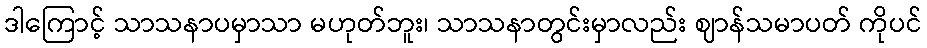
ဒါကြောင့် သာသနာပမှာသာ မဟုတ်ဘူး၊ သာသနာတွင်းမှာလည်း ဈာန်သမာပတ် ကိုပင်